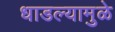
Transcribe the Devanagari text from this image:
धाडल्यामुळे